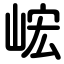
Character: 峵